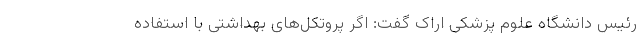
رئیس دانشگاه علوم پزشکی اراک گفت: اگر پروتکل‌های بهداشتی با استفاده